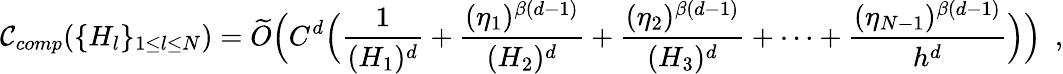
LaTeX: \mathcal{C}_{comp}(\{ H_{l}\} _{1\leq l\leq N})=\widetilde{O}\Big(C^{d}\Big(\frac{1}{(H_{1})^{d}}+\frac{(\eta_{1})^{\beta(d-1)}}{(H_{2})^{d}}+\frac{(\eta_{2})^{\beta(d-1)}}{(H_{3})^{d}}+\dots+\frac{(\eta_{N-1})^{\beta(d-1)}}{h^{d}}\Big)\Big)\enspace,